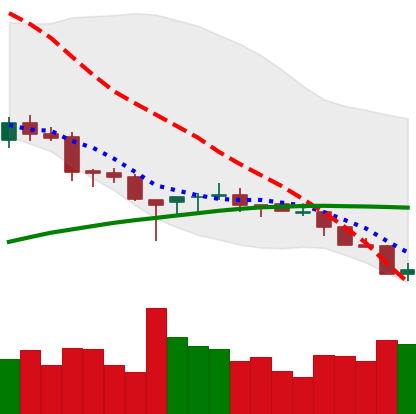
Ticker: ETH-USD
Chart end date: 2018-03-30
Forward return: -3.573%
Label: down_3_5